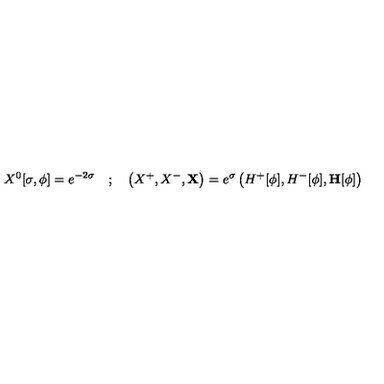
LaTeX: X ^ { 0 } [ \sigma , \phi ] = e ^ { - 2 \sigma } \quad ; \quad \left( X ^ { + } , X ^ { - } , \mathbf { X } \right) = e ^ { \sigma } \left( H ^ { + } [ \phi ] , H ^ { - } [ \phi ] , \mathbf { H } [ \phi ] \right)